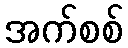
အက်စစ်